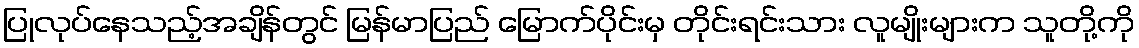
ပြုလုပ်နေသည့်အချိန်တွင် မြန်မာပြည် မြောက်ပိုင်းမှ တိုင်းရင်းသား လူမျိုးများက သူတို့ကို